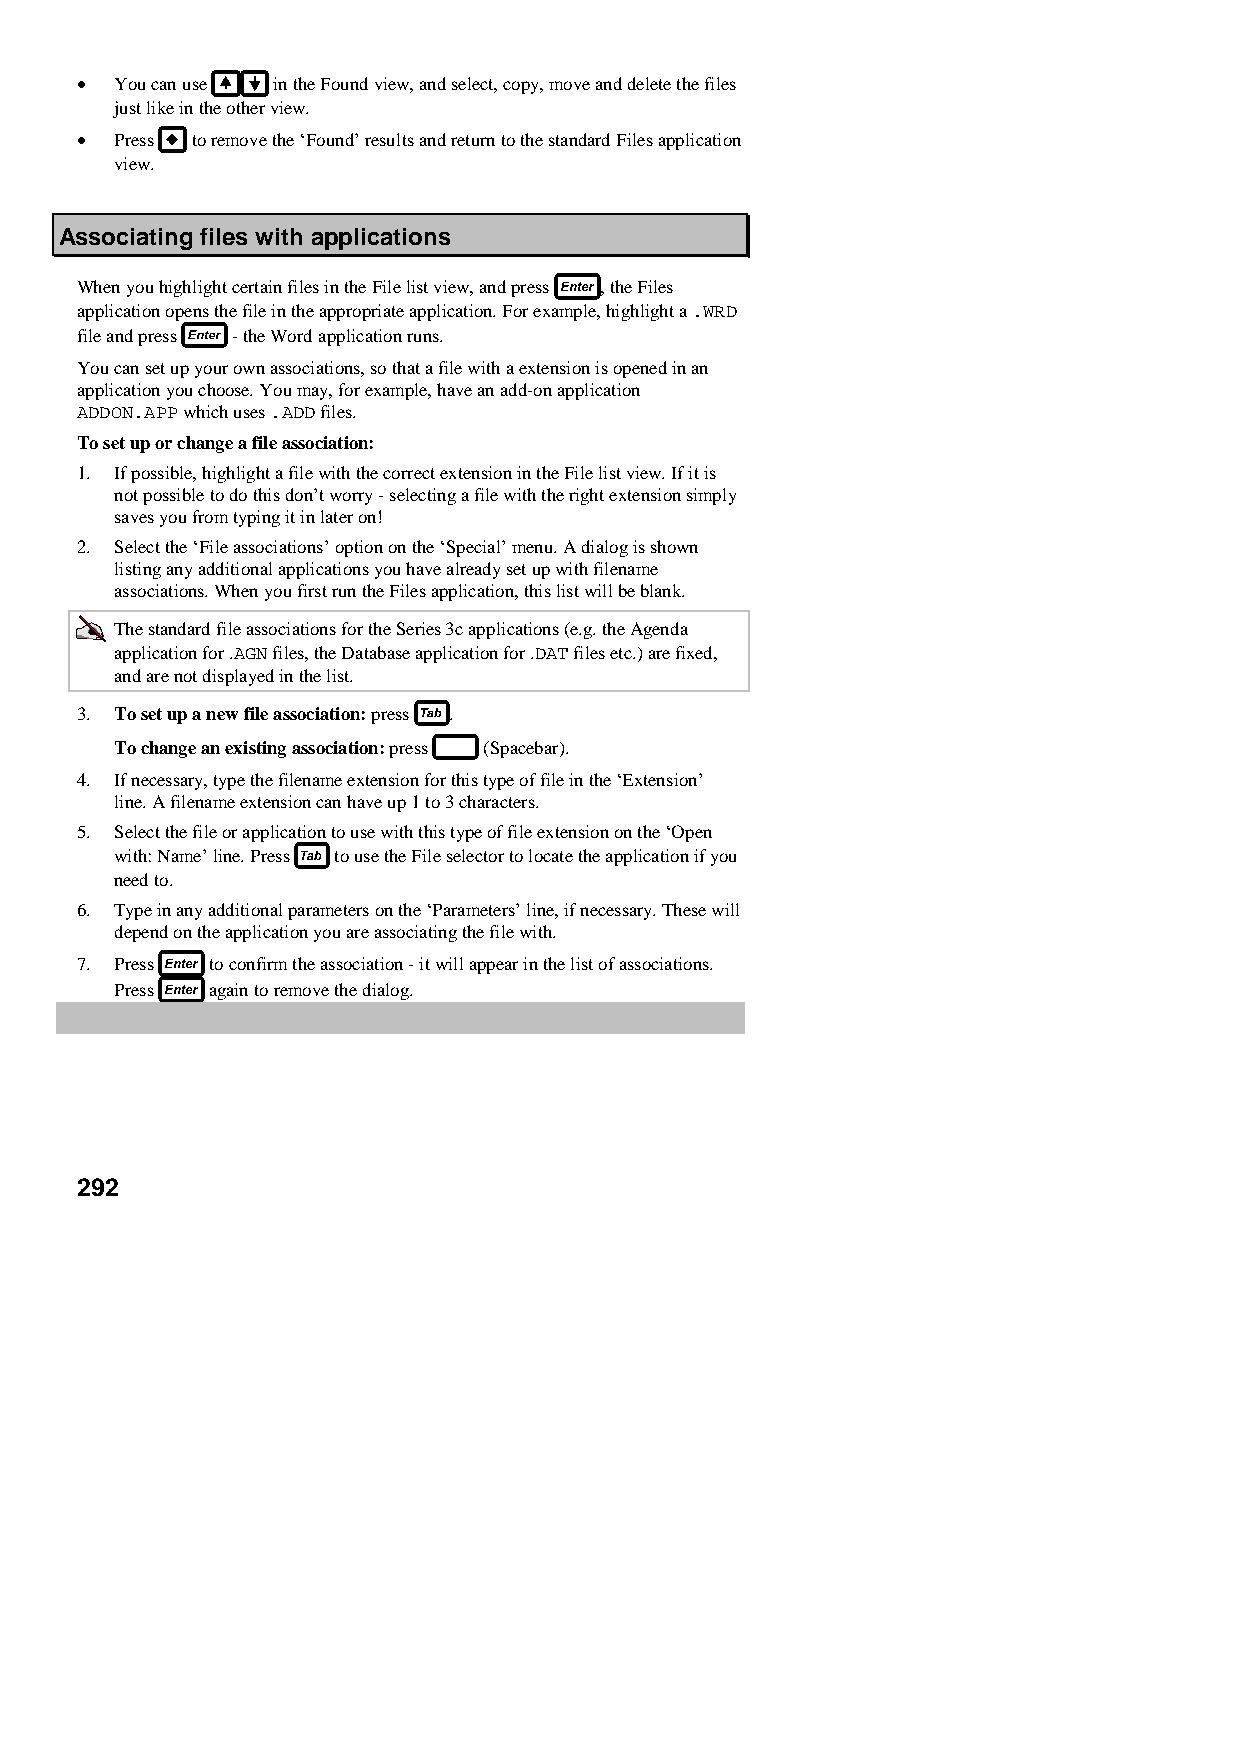
•  You can use in the Found view, and select, copy, move and delete the files
 just like in the other view.
 •  Press to remove the ‘Found’ results and return to the standard Files application
 view.
 Associating files with applications
 When you highlight certain files in the File list view, and press , the Files
 application opens the file in the appropriate application. For example, highlight a .WRD
 file and press - the Word application runs.
 You can set up your own associations, so that a file with a extension is opened in an
 application you choose. You may, for example, have an add-on application
 ADDON.APP which uses .ADD files.
 To set up or change a file association:
 1. If possible, highlight a file with the correct extension in the File list view. If it is
 not possible to do this don’t worry - selecting a file with the right extension simply
 saves you from typing it in later on!
 2. Select the ‘File associations’ option on the ‘Special’ menu. A dialog is shown
 listing any additional applications you have already set up with filename
 associations. When you first run the Files application, this list will be blank.
 The standard file associations for the Series 3c applications (e.g. the Agenda
 application for .AGN files, the Database application for .DAT files etc.) are fixed,
 and are not displayed in the list.
 3. To set up a new file association: press .
 To change an existing association: press (Spacebar).
 4. If necessary, type the filename extension for this type of file in the ‘Extension’
 line. A filename extension can have up 1 to 3 characters.
 5. Select the file or application to use with this type of file extension on the ‘Open
 with: Name’ line. Press to use the File selector to locate the application if you
 need to.
 6. Type in any additional parameters on the ‘Parameters’ line, if necessary. These will
 depend on the application you are associating the file with.
 7. Press to confirm the association - it will appear in the list of associations.
 Press again to remove the dialog.
 292